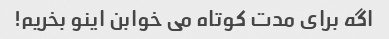
اگه برای مدت کوتاه می خوابن اینو بخریم!